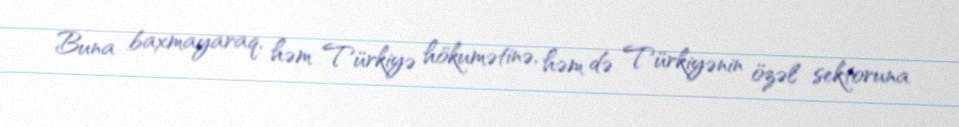
Buna baxmayaraq, həm Türkiyə hökumətinə, həm də Türkiyənin özəl sektoruna